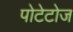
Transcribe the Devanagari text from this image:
पोटेटोज